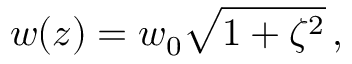
w ( z ) = w _ { 0 } \sqrt { 1 + \zeta ^ { 2 } } \, ,